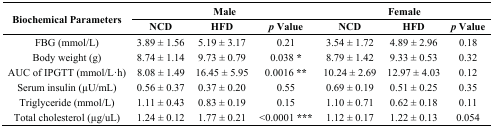
<table><thead><tr><td rowspan="2"><b>Biochemical Parameters</b></td><td colspan="3"><b>Male</b></td><td colspan="3"><b>Female</b></td></tr><tr><td><b>NCD</b></td><td><b>HFD</b></td><td><b><i>p</i> Value</b></td><td><b>NCD </b></td><td><b>HFD </b></td><td><b><i>p</i> Value</b></td></tr></thead><tbody><tr><td>FBG (mmol/L)</td><td>3.89 ± 1.56</td><td>5.19 ± 3.17</td><td>0.21</td><td>3.54 ± 1.72</td><td>4.89 ± 2.96</td><td>0.18</td></tr><tr><td>Body weight (g)</td><td>8.74 ± 1.14</td><td>9.73 ± 0.79</td><td>0.038 <sup><b>*</b></sup></td><td>8.79 ± 1.42</td><td>9.33 ± 0.53</td><td>0.32</td></tr><tr><td>AUC of IPGTT (mmol/L·h)</td><td>8.08 ± 1.49</td><td>16.45 ± 5.95</td><td>0.0016 <sup><b>**</b></sup></td><td>10.24 ± 2.69</td><td>12.97 ± 4.03</td><td>0.12</td></tr><tr><td>Serum insulin (μU/mL)</td><td>0.56 ± 0.37</td><td>0.37 ± 0.20</td><td>0.55</td><td>0.69 ± 0.19</td><td>0.51 ± 0.25</td><td>0.35</td></tr><tr><td>Triglyceride (mmol/L)</td><td>1.11 ± 0.43</td><td>0.83 ± 0.19</td><td>0.15</td><td>1.10 ± 0.71</td><td>0.62 ± 0.18</td><td>0.11</td></tr><tr><td>Total cholesterol (μg/uL)</td><td>1.24 ± 0.12</td><td>1.77 ± 0.21</td><td>&lt;0.0001 <sup><b>***</b></sup></td><td>1.12 ± 0.17</td><td>1.22 ± 0.13</td><td>0.054</td></tr></tbody></table>